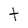
Character: t